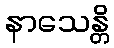
နာသေန္တိ